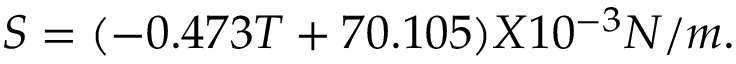
\begin{array} { r } { S = ( - 0 . 4 7 3 T + 7 0 . 1 0 5 ) X 1 0 ^ { - 3 } N / m . } \end{array}